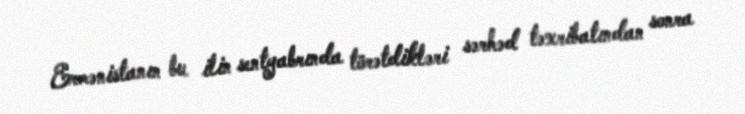
Ermənistanın bu ilin sentyabrında törətdikləri sərhəd təxribatından sonra